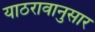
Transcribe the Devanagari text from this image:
याठरावानुसार